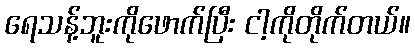
ရေသန့်ဘူးကိုဖောက်ပြီး ငါ့ကိုတိုက်တယ်။